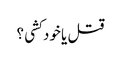
قتل یا خود کشی ؟